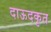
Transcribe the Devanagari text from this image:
दाऊदकृत